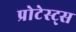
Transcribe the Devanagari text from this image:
प्रोटेस्ट्स